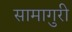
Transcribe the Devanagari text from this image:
सामागुरी